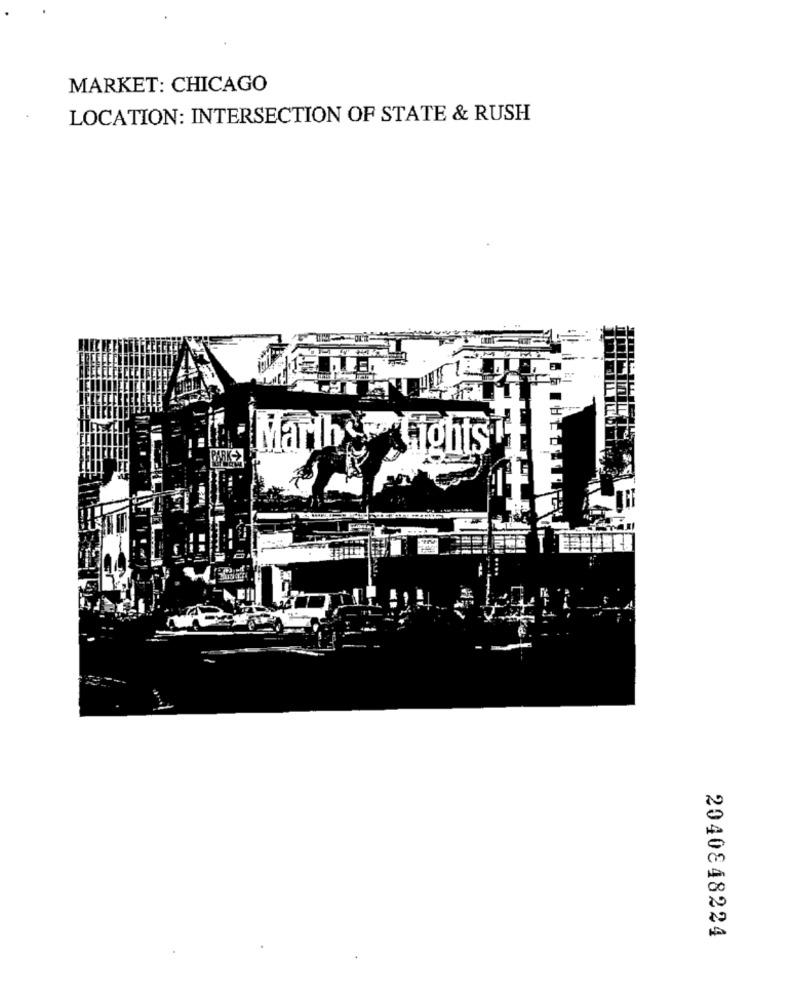
MARKET: CHICAGO
LOCATION: INTERSECTION OF STATE & RUSH
Mariby Lights
2040848224